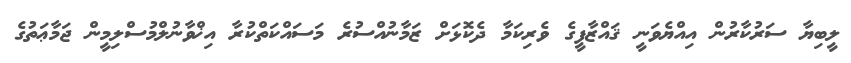
ލީބިޔާ ސަރުކާރުން އިއްޔެވަނީ ޤައްޒާފީގެ ވެރިކަމާ ދެކޮޅަށް ޒަމާނުއްސުރެ މަސައްކަތްކުރާ އިޚްވާނުލްމުސްލިމީން ޖަމާޢަތުގެ